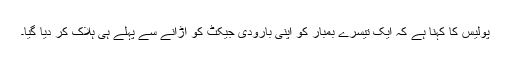
پولیس کا کہنا ہے کہ ایک تیسرے بمبار کو اپنی بارودی جیکٹ کو اُڑانے سے پہلے ہی ہلاک کر دیا گیا۔